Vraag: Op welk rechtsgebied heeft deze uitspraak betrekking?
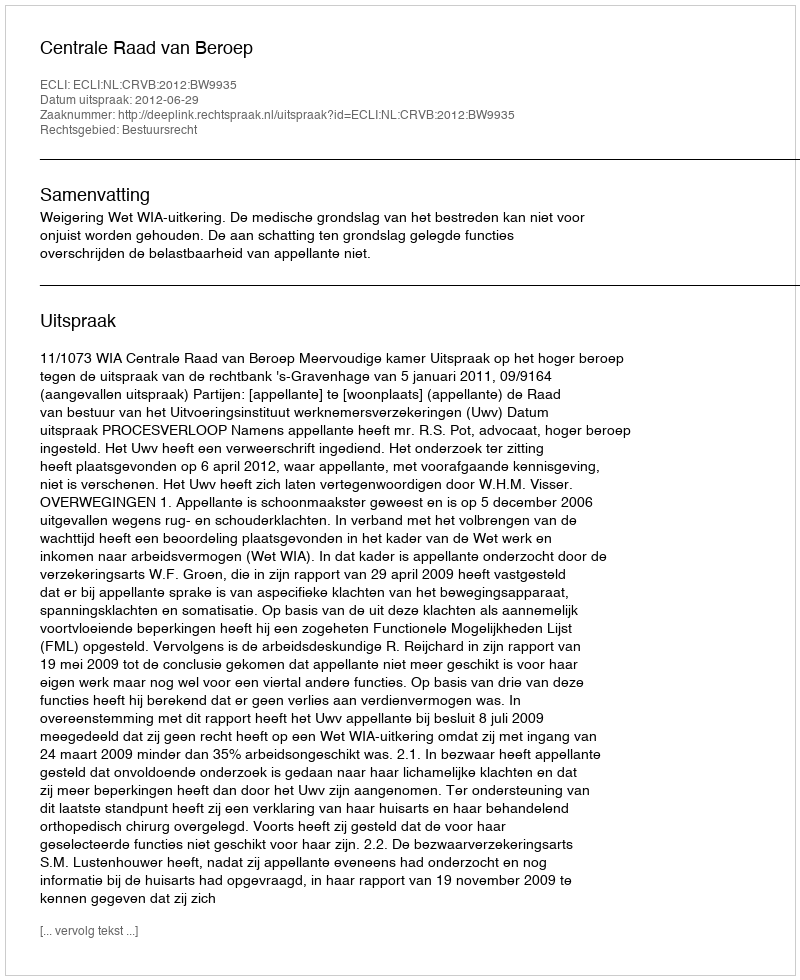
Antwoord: Bestuursrecht